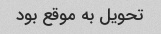
تحویل به موقع بود